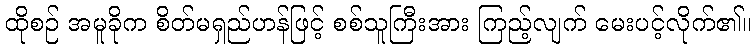
ထိုစဉ် အမူခိုက စိတ်မရှည်ဟန်ဖြင့် စစ်သူကြီးအား ကြည့်လျက် မေးပင့်လိုက်၏။